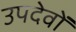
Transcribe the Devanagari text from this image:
उपदेवों